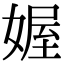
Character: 媉